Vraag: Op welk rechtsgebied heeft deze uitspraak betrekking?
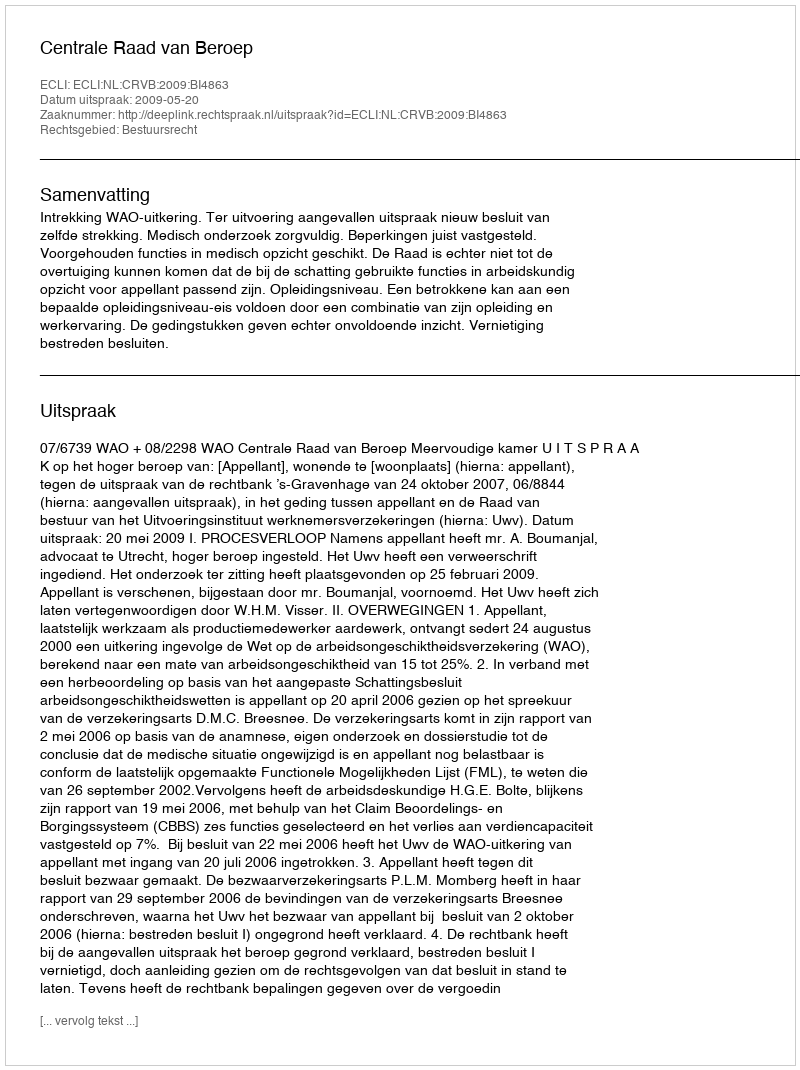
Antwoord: Bestuursrecht